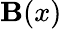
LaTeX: \mathbf{B}(x)